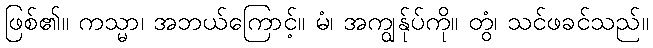
ဖြစ်၏။ ကသ္မာ၊ အဘယ်ကြောင့်။ မံ၊ အကျွန်ုပ်ကို။ တွံ၊ သင်ဖခင်သည်။